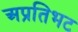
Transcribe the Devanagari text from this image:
अप्रतिभट